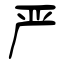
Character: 严